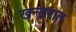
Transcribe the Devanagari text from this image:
खन्डरात